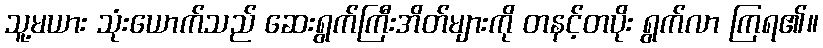
သူ့မယား သုံးယောက်သည် ဆေးရွက်ကြီးအိတ်များကို တနင့်တပိုး ရွက်လာ ကြရ၏။